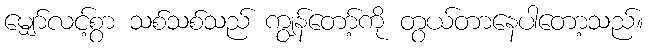
မျှော်လင့်စွာ သစ်သစ်သည် ကျွန်တော့်ကို တွယ်တာနေပါတော့သည်။